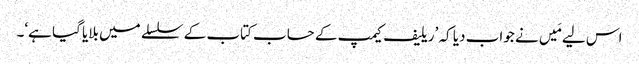
اس لیے مَیں نے جواب دیا کہ ’ریلیف کیمپ کے حساب کتاب کے سلسلے میں بلایا گیا ہے‘۔